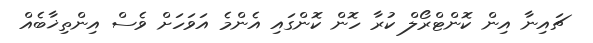
ޗައިނާ އިން ކޮންޓްރޯލް ކުރާ ހޮން ކޮންގައި އެންމެ އަވަހަށް ވެސް އިންތިޚާބެއް